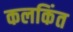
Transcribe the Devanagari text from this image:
कलकिंत